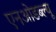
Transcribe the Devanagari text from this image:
एनओडब्ल्यू